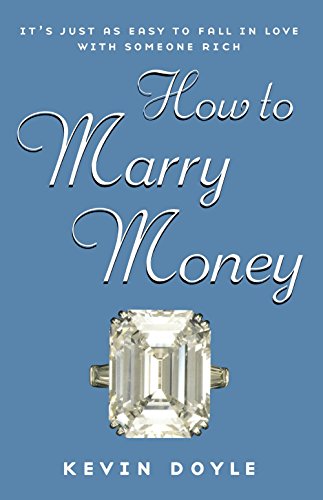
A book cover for How to Marry Money; Kevin Doyle; Self-Help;